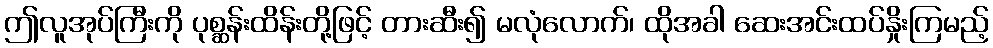
ဤလူအုပ်ကြီးကို ပုစ္ဆန်းထိန်းတို့ဖြင့် တားဆီး၍ မလုံလောက်၊ ထိုအခါ ဆေးအင်းထပ်နှိုးကြမည့်